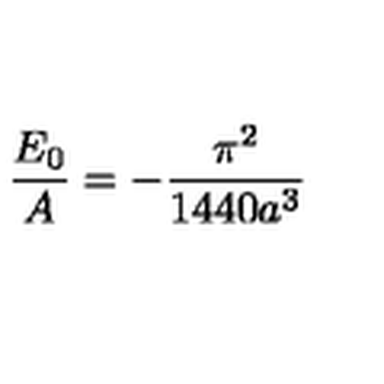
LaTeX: \frac { E _ { 0 } } { A } = - \frac { \pi ^ { 2 } } { 1 4 4 0 a ^ { 3 } } \nonumber